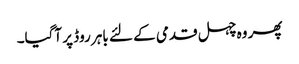
پھر وہ چہل قدمی کے لئے باہر روڈ پر آگیا۔